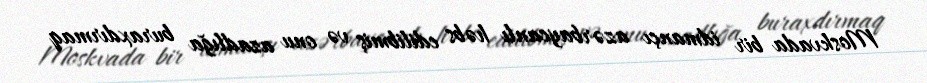
Moskvada bir idmançı azərbaycanlı həbs edilibmiş və onu azadlığa buraxdırmaq